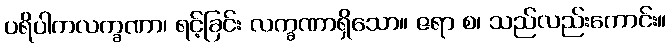
ပရိပါကလက္ခဏာ၊ ရင့်ခြင်း လက္ခဏာရှိသော။ ဇရာ စ၊ သည်လည်းကောင်း။